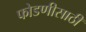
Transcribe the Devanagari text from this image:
फोडणीसाठी